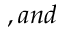
, a n d